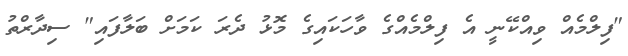
"ފިލްމެއް ވިއްކޭނީ އެ ފިލްމެއްގެ ވާހަކައިގެ މޮޅު ދެރަ ކަމަށް ބަލާފައި" ސިދާރްތު